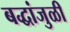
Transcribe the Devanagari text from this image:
बद्धांजुळी